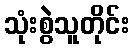
သုံးစွဲသူတိုင်း